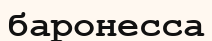
баронесса